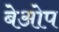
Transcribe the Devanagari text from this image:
बेओप